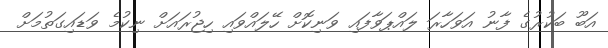
އަބޫ ބަކުރުގެ ފާނު އަވަހާރަ ލައްޕަވާފައި ވަނިކޮށް ހޭލައްވައި ހިޖުރައަށް ނިކުމެ ވަޑައިގަތުމަށް